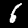
Digit: 6